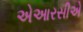
એઆરસીએ